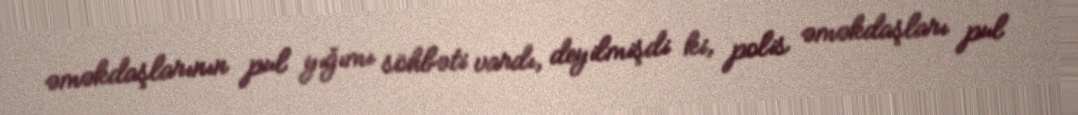
əməkdaşlarının pul yığımı söhbəti vardı, deyilmişdi ki, polis əməkdaşları pul